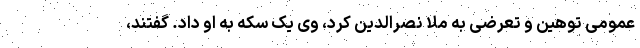
عمومی توهین و تعرضی به ملا نصرالدین کرد، وی یک سکه به او داد. گفتند،